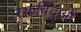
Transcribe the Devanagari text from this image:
रक्तबिंदुओं